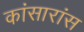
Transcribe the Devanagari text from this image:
कांसारांस